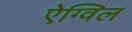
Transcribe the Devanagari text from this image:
ऐग्विल